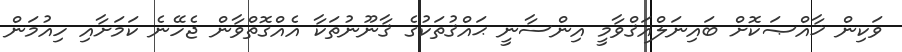
ވަކިން ޚާއްޞަކޮށް ބައިނަލްއަޤްވާމީ އިންސާނީ ޙައްޤުތަކުގެ ޤާނޫނުތަކާ އެއްގޮތްވާން ޖެހޭނެ ކަމަށާއި ހިއުމަން